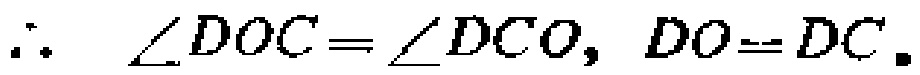
\(\therefore \angle DOC=\angle DCO, DO = DC.\)